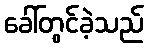
ခေါ်တွင်ခဲ့သည်